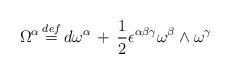
LaTeX: \begin{align*}\Omega^\alpha \, {\stackrel{def}{=}} \,d\omega^\alpha\, +\,\frac{1}{2}\epsilon^{\alpha\beta\gamma}\omega^\beta\wedge\omega^\gamma\end{align*}